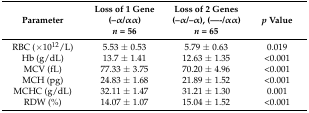
| Parameter | Loss of 1 Gene (–α/αα) n = 56 | Loss of 2 Genes (–α/–α), (––/αα) n = 65 | p Value |
 | --- | --- | --- | --- |
 | RBC (×1012/L) | 5.53 ± 0.53 | 5.79 ± 0.63 | 0.019 |
 | Hb (g/dL) | 13.7 ± 1.41 | 12.63 ± 1.35 | <0.001 |
 | MCV (fL) | 77.33 ± 3.75 | 70.20 ± 4.96 | <0.001 |
 | MCH (pg) | 24.83 ± 1.68 | 21.89 ± 1.52 | <0.001 |
 | MCHC (g/dL) | 32.11 ± 1.47 | 31.21 ± 1.30 | 0.001 |
 | RDW (%) | 14.07 ± 1.07 | 15.04 ± 1.52 | <0.001 |